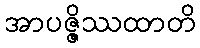
အာပဇ္ဇိဿထာတိ